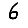
Digit: 6